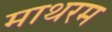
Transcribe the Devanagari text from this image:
माथरम